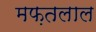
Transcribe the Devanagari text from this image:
मफ़तलाल